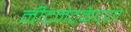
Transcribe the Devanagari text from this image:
नीटनेटकेपणा